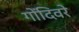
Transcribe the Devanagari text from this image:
गोंदिवरे